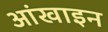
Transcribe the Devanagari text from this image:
आंखाइन